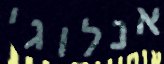
אנלוגי